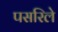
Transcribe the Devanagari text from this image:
पसरिले